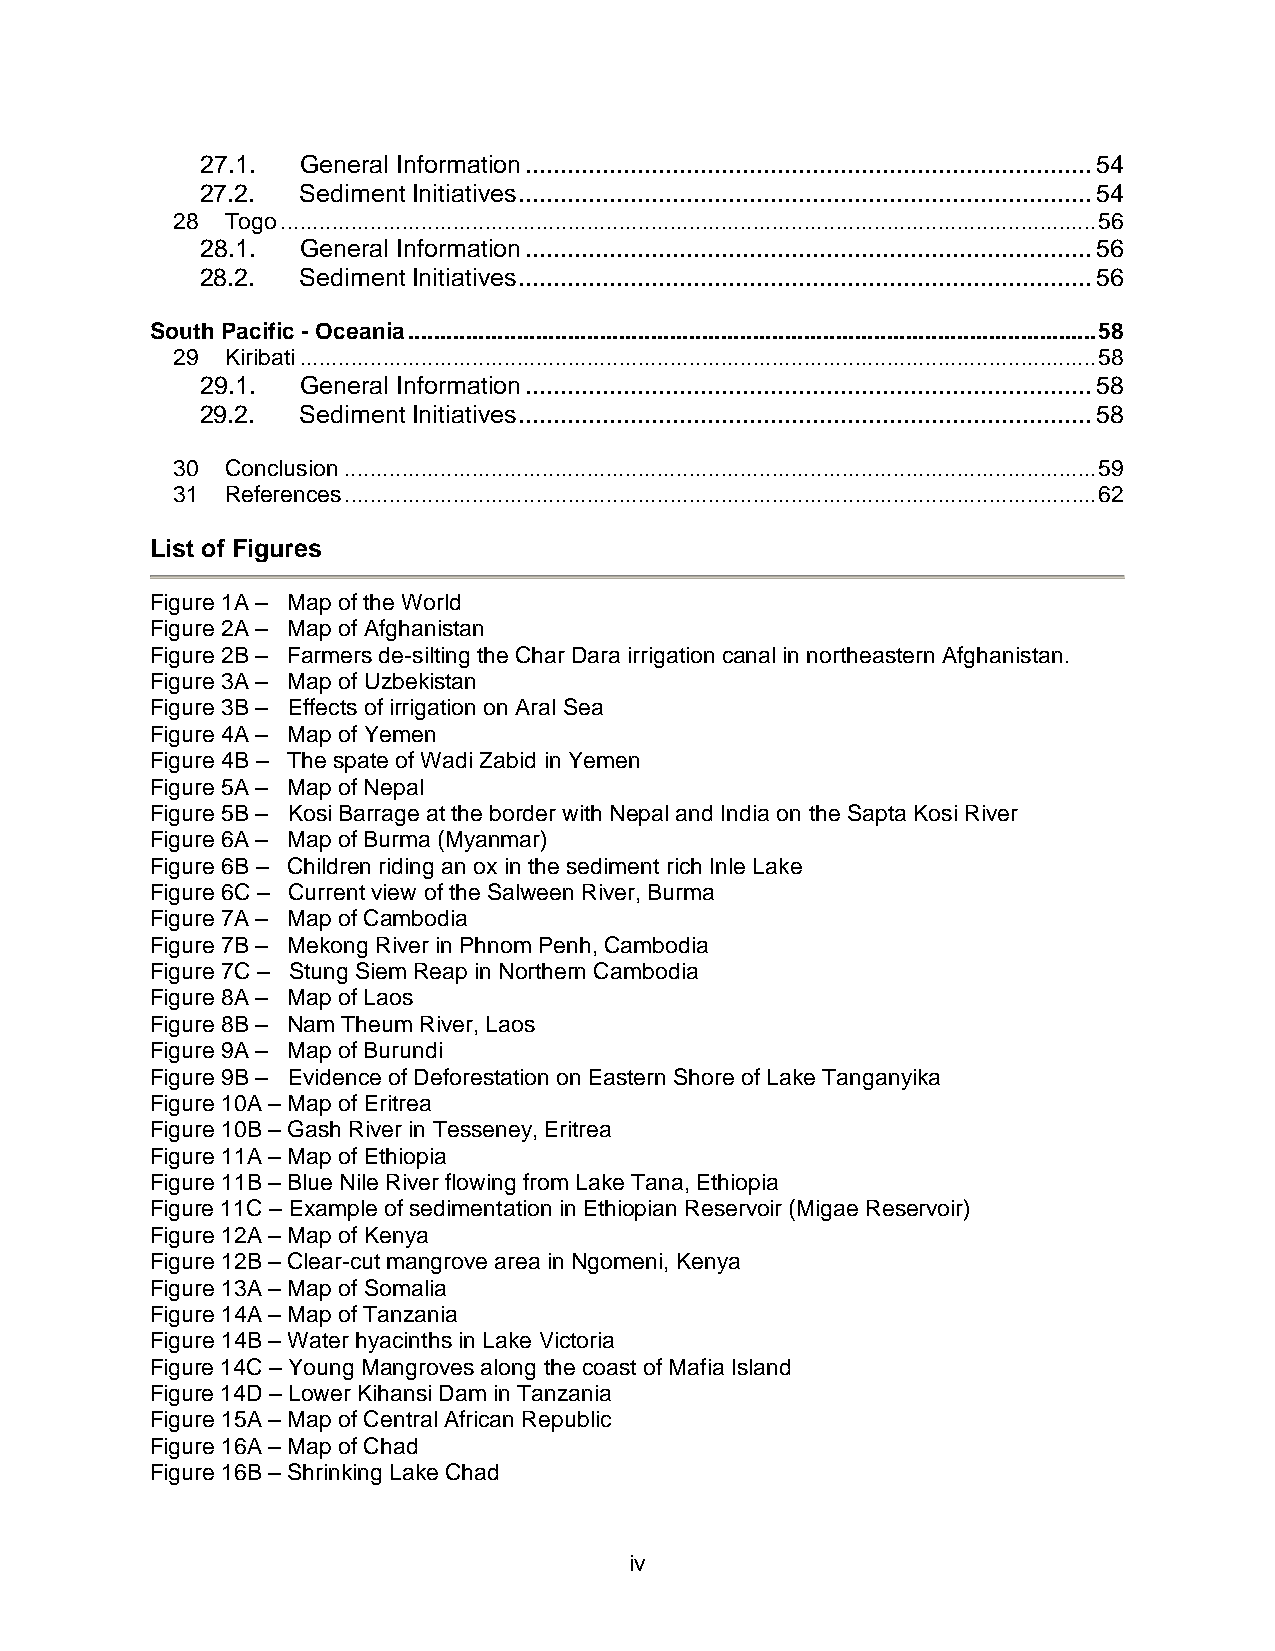
27.1.  General Information.................................................................................54
 27.2.  Sediment Initiatives..................................................................................54
 28  Togo................................................................................................................................56
 28.1.  General Information.................................................................................56
 28.2.  Sediment Initiatives..................................................................................56
 South Pacific - Oceania............................................................................................................58
 29  Kiribati.............................................................................................................................58
 29.1.  General Information.................................................................................58
 29.2.  Sediment Initiatives..................................................................................58
 30  Conclusion......................................................................................................................59
 31  References......................................................................................................................62
 List of Figures
 Figure 1A – Map of the World
 Figure 2A – Map of Afghanistan
 Figure 2B – Farmers de-silting the Char Dara irrigation canal in northeastern Afghanistan.
 Figure 3A – Map of Uzbekistan
 Figure 3B – Effects of irrigation on Aral Sea
 Figure 4A – Map of Yemen
 Figure 4B – The spate of Wadi Zabid in Yemen
 Figure 5A – Map of Nepal
 Figure 5B – Kosi Barrage at the border with Nepal and India on the Sapta Kosi River
 Figure 6A – Map of Burma (Myanmar)
 Figure 6B – Children riding an ox in the sediment rich Inle Lake
 Figure 6C – Current view of the Salween River, Burma
 Figure 7A – Map of Cambodia
 Figure 7B – Mekong River in Phnom Penh, Cambodia
 Figure 7C – Stung Siem Reap in Northern Cambodia
 Figure 8A – Map of Laos
 Figure 8B – Nam Theum River, Laos
 Figure 9A – Map of Burundi
 Figure 9B – Evidence of Deforestation on Eastern Shore of Lake Tanganyika
 Figure 10A – Map of Eritrea
 Figure 10B – Gash River in Tesseney, Eritrea
 Figure 11A – Map of Ethiopia
 Figure 11B – Blue Nile River flowing from Lake Tana, Ethiopia
 Figure 11C – Example of sedimentation in Ethiopian Reservoir (Migae Reservoir)
 Figure 12A – Map of Kenya
 Figure 12B – Clear-cut mangrove area in Ngomeni, Kenya
 Figure 13A – Map of Somalia
 Figure 14A – Map of Tanzania
 Figure 14B – Water hyacinths in Lake Victoria
 Figure 14C – Young Mangroves along the coast of Mafia Island
 Figure 14D – Lower Kihansi Dam in Tanzania
 Figure 15A – Map of Central African Republic
 Figure 16A – Map of Chad
 Figure 16B – Shrinking Lake Chad
 iv